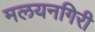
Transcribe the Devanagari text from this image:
मलयनगिरी